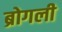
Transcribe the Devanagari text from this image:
ब्रोगली